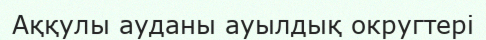
Аққулы ауданы ауылдық округтері